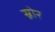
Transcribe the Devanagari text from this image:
स्नोर